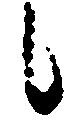
候